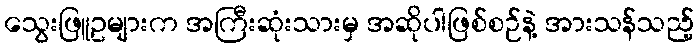
သွေးဖြူဥများက အကြီးဆုံးသားမှ အဆိုပါဖြစ်စဉ်နဲ့ အားသန်သည့်